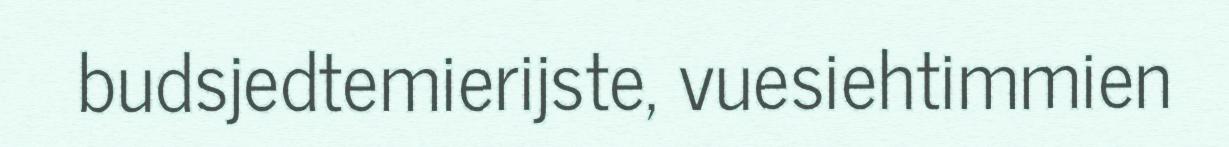
budsjedtemierijste, vuesiehtimmien